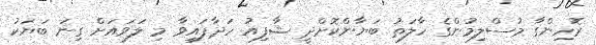
ރޮހިންގާ މުސްލިމުންގެ ހާލަތު ބަޔާންކޮށްދީ ޝާފިއު ހަދާފައިވާ މި ލަވައަށް ގިނަ ބަޔަކު